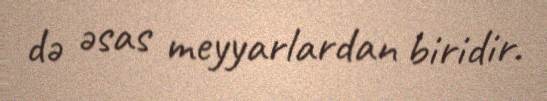
də əsas meyyarlardan biridir.